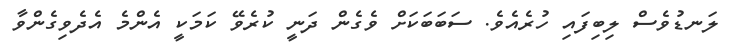
ލަނޑުވެސް ލިބިފައި ހުރެއެވެ. ސަބަބަކަށް ވެގެން ދަނީ ކުރެވޭ ކަމަކީ އެންމެ އެދެވިގެންވާ